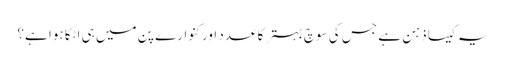
یہ کیسا ذہن ہے جس کی سوچ بہتر کا عدد اور کنوارے پن میں ہی اٹکا ہوا ہے؟